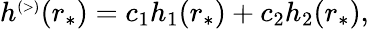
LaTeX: \begin{array}{r}{h^{\scriptscriptstyle(>)}(r_{*})=c_{1}h_{1}(r_{*})+c_{2}h_{2}(r_{*}),}\end{array}